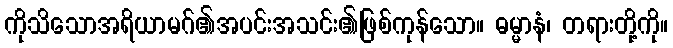
ကိုသိသောအရိယာမဂ်၏အပင်းအသင်း၏ဖြစ်ကုန်သော။ ဓမ္မာနံ၊ တရားတို့ကို။